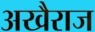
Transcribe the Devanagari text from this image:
अखैराज